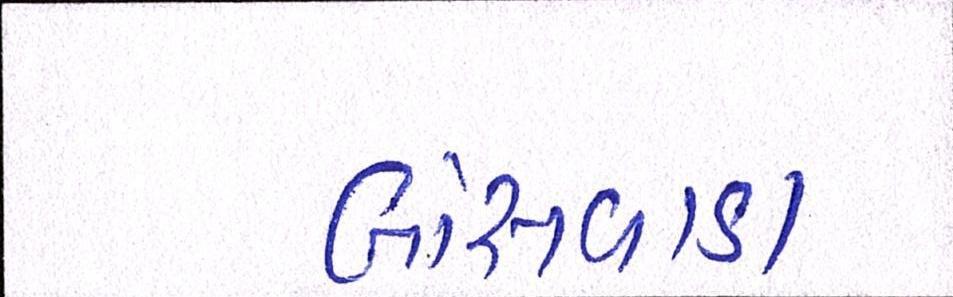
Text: બાંસવાડા